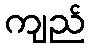
ကျည်